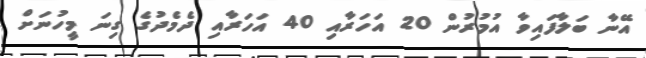
އޭނާ ބަލާފައިވާ އުމުރުން 20 އަހަރާއި 40 އަހަރާއި ދެމެދުގެ ގިނަ މީހުނަށް